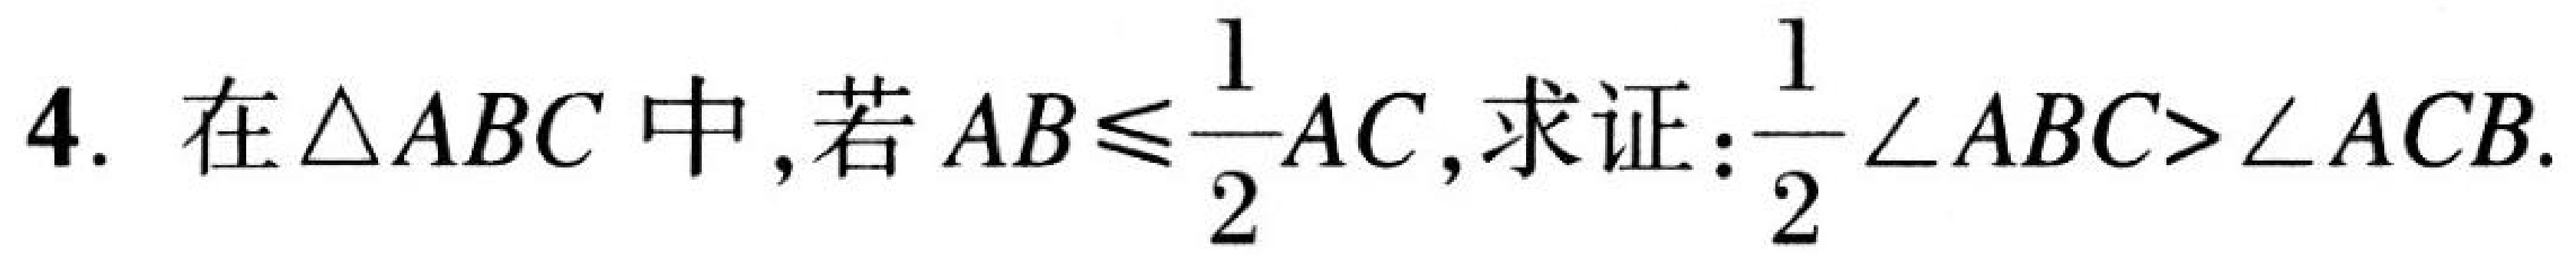
4. 在\(\triangle ABC\)中,若\(AB\leqslant\frac{1}{2}AC\),求证:\(\frac{1}{2}\angle ABC > \angle ACB\).